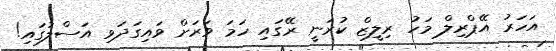
އަހަރު އޭޕްރިލް މަހު ރިލީޒް ކުރަނީ ރޭގައި ހަމަ ވަރަށް ވައިގަދަވި އަސްލުގައި!